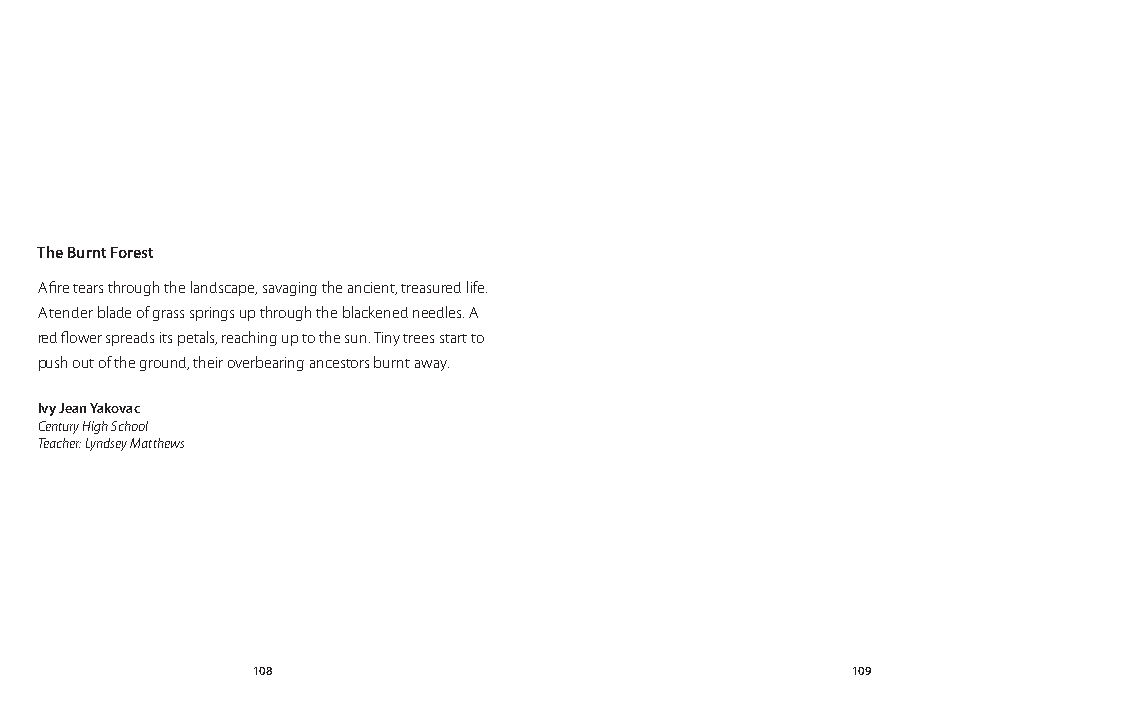
The Burnt Forest
 A fire tears through the landscape, savaging the ancient, treasured life.
 A tender blade of grass springs up through the blackened needles. A
 red flower spreads its petals, reaching up to the sun. Tiny trees start to
 push out of the ground, their overbearing ancestors burnt away.
 Ivy Jean Yakovac
 Century High School
 Teacher: Lyndsey Matthews
 108                                    109